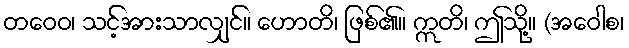
တဝေဝ၊ သင့်အားသာလျှင်။ ဟောတိ၊ ဖြစ်၏။ ဣတိ၊ ဤသို့။ (အဝေါစ၊